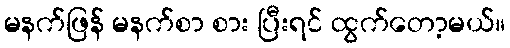
မနက်ဖြန် မနက်စာ စား ပြီးရင် ထွက်တော့မယ်။